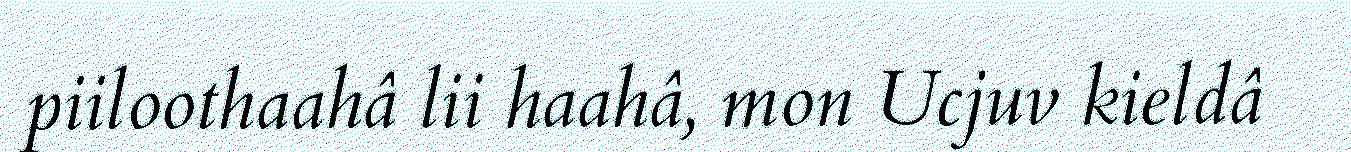
piiloothaahâ lii haahâ, mon Ucjuv kieldâ